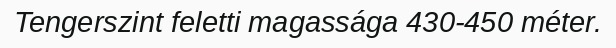
Tengerszint feletti magassága 430-450 méter.